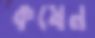
কষেন